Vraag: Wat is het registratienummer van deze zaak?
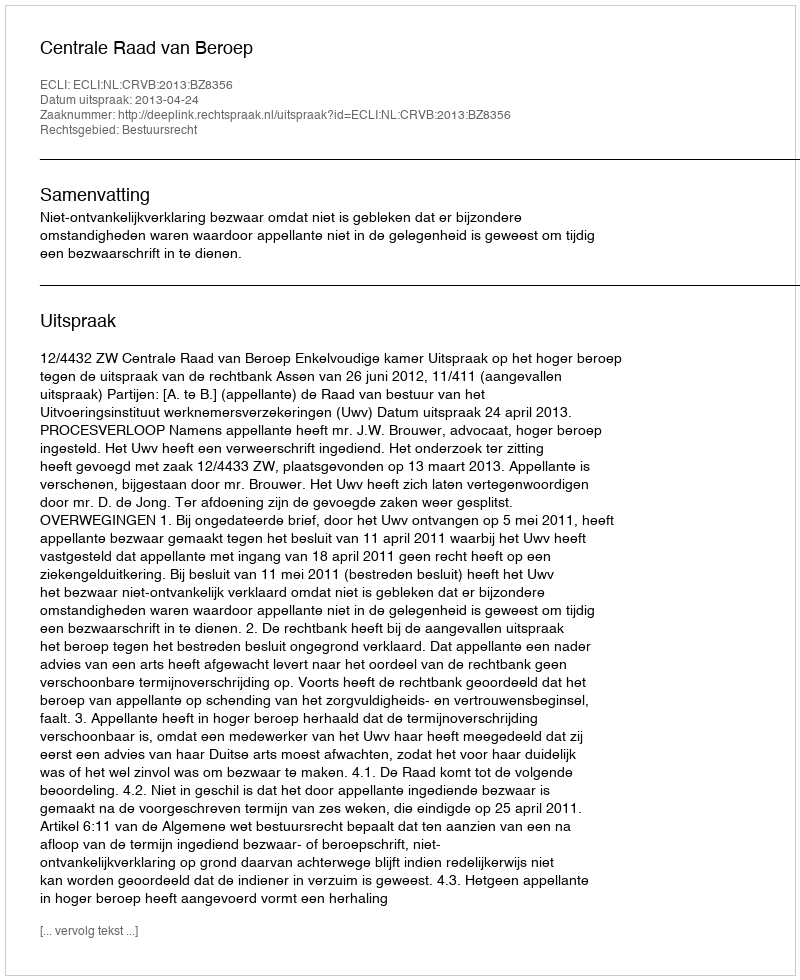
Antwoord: http://deeplink.rechtspraak.nl/uitspraak?id=ECLI:NL:CRVB:2013:BZ8356